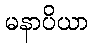
မနာပိယာ